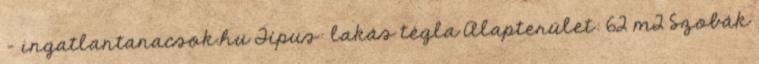
- ingatlantanacsok.hu Típus: lakás tégla Alapterület: 62 m2 Szobák